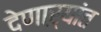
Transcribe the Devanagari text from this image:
देणाऱ्यांत